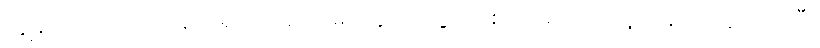
ကျွန်တော်တို့ရဲ့ ကန်ထရိုက် ဝန်ထမ်းတွေကို ငွေပေးစရာ မလိုဘဲ သူတို့နဲ့ အတူလိုက်ပြီး